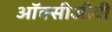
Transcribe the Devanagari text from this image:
ऑक्सीजीवी